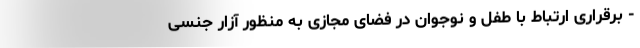
- برقراری ارتباط با طفل و نوجوان در فضای مجازی به منظور آزار جنسی